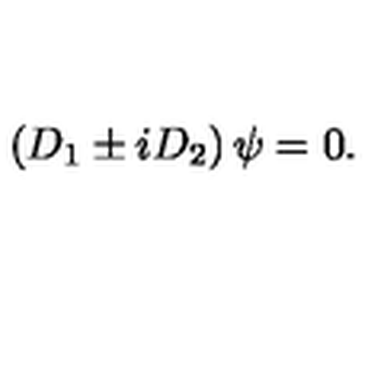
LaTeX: \left( D _ { 1 } \pm i D _ { 2 } \right) \psi = 0 .